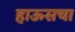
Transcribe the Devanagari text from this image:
हाऊसचा